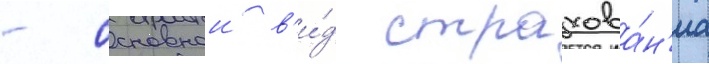
- основнои в'и́д страхова́н'иа